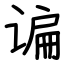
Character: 谝